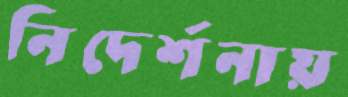
নিদের্শনায়